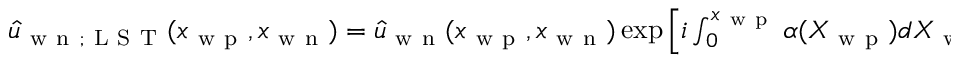
\begin{array} { r } { \hat { u } _ { \mathrm { ~ w ~ n ~ } ; \mathrm { ~ L ~ S ~ T ~ } } ( x _ { \mathrm { ~ w ~ p ~ } } , x _ { \mathrm { ~ w ~ n ~ } } ) = \hat { u } _ { \mathrm { ~ w ~ n ~ } } ( x _ { \mathrm { ~ w ~ p ~ } } , x _ { \mathrm { ~ w ~ n ~ } } ) \exp \left[ i \int _ { 0 } ^ { x _ { \mathrm { ~ w ~ p ~ } } } \alpha ( X _ { \mathrm { ~ w ~ p ~ } } ) d X _ { \mathrm { ~ w ~ p ~ } } \right] . } \end{array}